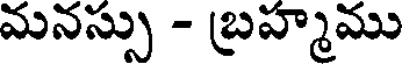
మనస్సు - బ్రహ్మము